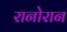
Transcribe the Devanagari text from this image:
रानोरान